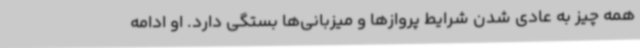
همه چیز به عادی شدن شرایط پروازها و میزبانی‌ها بستگی دارد. او ادامه